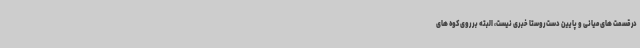
در قسمت های میانی و پایین دست روستا خبری نیست، البته بر روی کوه های